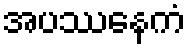
အပဿေနကံ